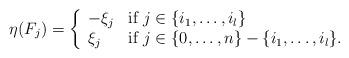
LaTeX: \begin{align*}\eta(F_j) = \left\{ \begin{array}{ll} -\xi_{j} & \mbox{if} ~ j \in \{i_1, \ldots, i_l\}\\\xi_j & \mbox{if} ~ j \in \{0, \ldots, n\} - \{i_1, \ldots, i_l\}.\end{array} \right.\end{align*}